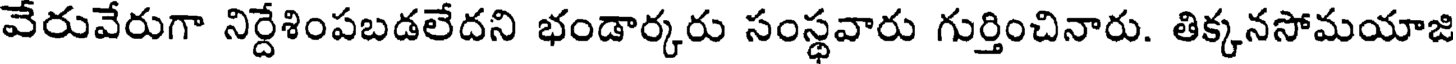
వేరువేరుగా నిర్దేశింపబడలేదని భండార్కరు సంస్థవారు గుర్తించినారు. తిక్కనసోమయాజి